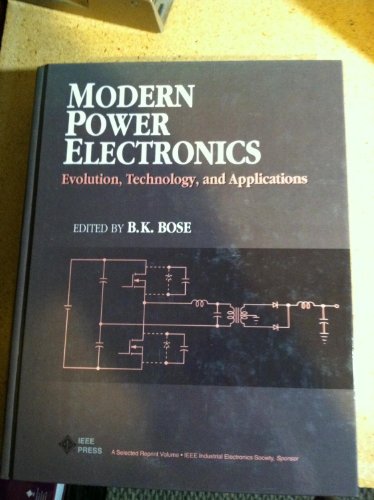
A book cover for Modern Power Electronics: Evolution, Technology and Applications (Ieee Press Selected Reprint Series); Reference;